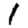
Digit: 1